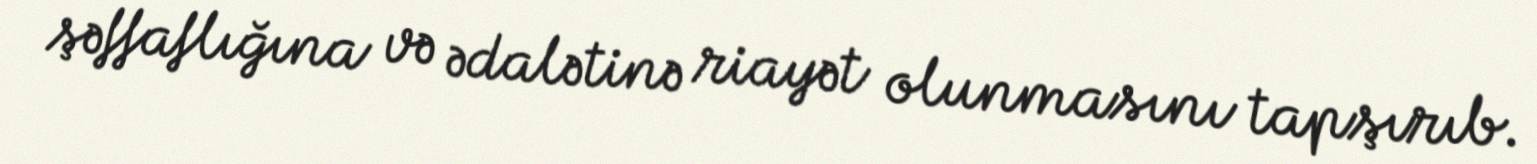
şəffaflığına və ədalətinə riayət olunmasını tapşırıb.